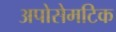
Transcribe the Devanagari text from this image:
अपोसेमटिक